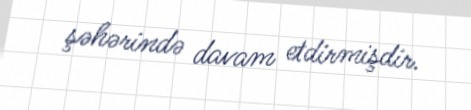
şəhərində davam etdirmişdir.